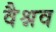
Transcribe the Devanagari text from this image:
वैश्नव